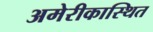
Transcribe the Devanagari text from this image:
अमेरीकास्थित